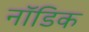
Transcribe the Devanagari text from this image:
नॉडिक